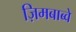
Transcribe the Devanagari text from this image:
ज़िमबाब्वे